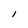
Character: l